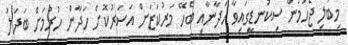
މިބަލި ޖެހުމުން ސިކުނޑީގައިވާ ހަދާނާއި ބެހޭ މަރުކަޒަށް އަސަރުކޮށް ހަދާން ހުރުމަށް ބަދަލު